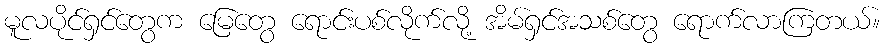
မူလပိုင်ရှင်တွေက မြေတွေ ရောင်းပစ်လိုက်လို့ အိမ်ရှင်အသစ်တွေ ရောက်လာကြတယ်။